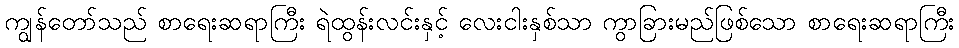
ကျွန်တော်သည် စာရေးဆရာကြီး ရဲထွန်းလင်းနှင့် လေးငါးနှစ်သာ ကွာခြားမည်ဖြစ်သော စာရေးဆရာကြီး